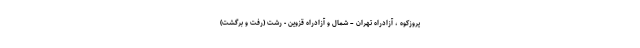
یروزکوه ، آزادراه تهران – شمال و آزادراه قزوین - رشت (رفت و برگشت)